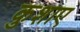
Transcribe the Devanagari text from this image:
कुशाए